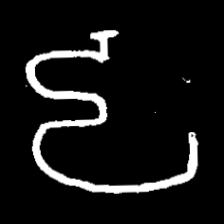
Pyu character \u2014 Myanmar letter: ဠ (romanized: lla)